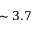
\sim 3 . 7